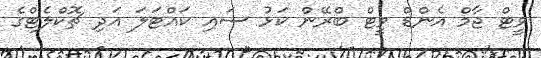
ވީޓް ޖާމް އެންޑް ވީޓް ބްރޭން ކަޅު ސައި ކައްޓަލަ އަދި ޗޮކްލެޓްގެ